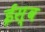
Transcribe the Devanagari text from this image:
ईस्व